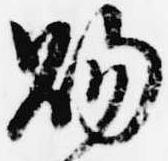
賜